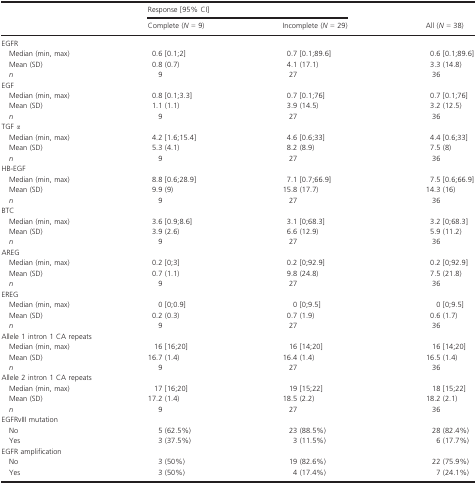
<table><thead><tr><td></td><td colspan="2"><b>Response [95% CI]</b></td><td rowspan="2"><b>All (<i>N </i>=<i> </i>38)</b></td></tr><tr><td></td><td><b>Complete (<i>N </i>=<i> </i>9)</b></td><td><b>Incomplete (<i>N </i>=<i> </i>29)</b></td></tr></thead><tbody><tr><td colspan="4">EGFR</td></tr><tr><td>Median (min, max)</td><td>0.6 [0.1;2]</td><td>0.7 [0.1;89.6]</td><td>0.6 [0.1;89.6]</td></tr><tr><td>Mean (SD)</td><td>0.8 (0.7)</td><td>4.1 (17.1)</td><td>3.3 (14.8)</td></tr><tr><td><i>n</i></td><td>9</td><td>27</td><td>36</td></tr><tr><td colspan="4">EGF</td></tr><tr><td>Median (min, max)</td><td>0.8 [0.1;3.3]</td><td>0.7 [0.1;76]</td><td>0.7 [0.1;76]</td></tr><tr><td>Mean (SD)</td><td>1.1 (1.1)</td><td>3.9 (14.5)</td><td>3.2 (12.5)</td></tr><tr><td><i>n</i></td><td>9</td><td>27</td><td>36</td></tr><tr><td colspan="4">TGF <i>α</i></td></tr><tr><td>Median (min, max)</td><td>4.2 [1.6;15.4]</td><td>4.6 [0.6;33]</td><td>4.4 [0.6;33]</td></tr><tr><td>Mean (SD)</td><td>5.3 (4.1)</td><td>8.2 (8.9)</td><td>7.5 (8)</td></tr><tr><td><i>n</i></td><td>9</td><td>27</td><td>36</td></tr><tr><td colspan="4">HB-EGF</td></tr><tr><td>Median (min, max)</td><td>8.8 [0.6;28.9]</td><td>7.1 [0.7;66.9]</td><td>7.5 [0.6;66.9]</td></tr><tr><td>Mean (SD)</td><td>9.9 (9)</td><td>15.8 (17.7)</td><td>14.3 (16)</td></tr><tr><td><i>n</i></td><td>9</td><td>27</td><td>36</td></tr><tr><td colspan="4">BTC</td></tr><tr><td>Median (min, max)</td><td>3.6 [0.9;8.6]</td><td>3.1 [0;68.3]</td><td>3.2 [0;68.3]</td></tr><tr><td>Mean (SD)</td><td>3.9 (2.6)</td><td>6.6 (12.9)</td><td>5.9 (11.2)</td></tr><tr><td><i>n</i></td><td>9</td><td>27</td><td>36</td></tr><tr><td colspan="4">AREG</td></tr><tr><td>Median (min, max)</td><td>0.2 [0;3]</td><td>0.2 [0;92.9]</td><td>0.2 [0;92.9]</td></tr><tr><td>Mean (SD)</td><td>0.7 (1.1)</td><td>9.8 (24.8)</td><td>7.5 (21.8)</td></tr><tr><td><i>n</i></td><td>9</td><td>27</td><td>36</td></tr><tr><td colspan="4">EREG</td></tr><tr><td>Median (min, max)</td><td>0 [0;0.9]</td><td>0 [0;9.5]</td><td>0 [0;9.5]</td></tr><tr><td>Mean (SD)</td><td>0.2 (0.3)</td><td>0.7 (1.9)</td><td>0.6 (1.7)</td></tr><tr><td><i>n</i></td><td>9</td><td>27</td><td>36</td></tr><tr><td colspan="4">Allele 1 intron 1 CA repeats</td></tr><tr><td>Median (min, max)</td><td>16 [16;20]</td><td>16 [14;20]</td><td>16 [14;20]</td></tr><tr><td>Mean (SD)</td><td>16.7 (1.4)</td><td>16.4 (1.4)</td><td>16.5 (1.4)</td></tr><tr><td><i>n</i></td><td>9</td><td>27</td><td>36</td></tr><tr><td colspan="4">Allele 2 intron 1 CA repeats</td></tr><tr><td>Median (min, max)</td><td>17 [16;20]</td><td>19 [15;22]</td><td>18 [15;22]</td></tr><tr><td>Mean (SD)</td><td>17.2 (1.4)</td><td>18.5 (2.2)</td><td>18.2 (2.1)</td></tr><tr><td><i>n</i></td><td>9</td><td>27</td><td>36</td></tr><tr><td colspan="4">EGFRvIII mutation</td></tr><tr><td>No</td><td>5 (62.5%)</td><td>23 (88.5%)</td><td>28 (82.4%)</td></tr><tr><td>Yes</td><td>3 (37.5%)</td><td>3 (11.5%)</td><td>6 (17.7%)</td></tr><tr><td colspan="4">EGFR amplification</td></tr><tr><td>No</td><td>3 (50%)</td><td>19 (82.6%)</td><td>22 (75.9%)</td></tr><tr><td>Yes</td><td>3 (50%)</td><td>4 (17.4%)</td><td>7 (24.1%)</td></tr></tbody></table>